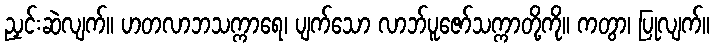
ညှင်းဆဲလျက်။ ဟတလာဘသက္ကာရေ၊ ပျက်သော လာဘ်ပူဇော်သက္ကာတို့ကို။ ကတွာ၊ ပြုလျက်။